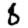
Digit: 8